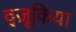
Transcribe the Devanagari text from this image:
द्ज़ूकिया